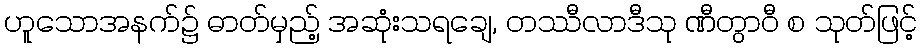
ဟူသောအနက်၌ ဓာတ်မှည့် အဆုံးသရချေ, တဿီလာဒီသု ဏီတွာဝီ စ သုတ်ဖြင့်